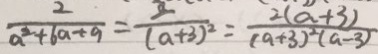
\frac { 2 } { a ^ { 2 } + 6 a + 9 } = \frac { 2 } { ( a + 3 ) ^ { 2 } } = \frac { 2 ( a + 3 ) } { ( a + 3 ) ^ { 2 } ( a - 3 ) }